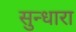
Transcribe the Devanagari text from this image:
सुन्धारा